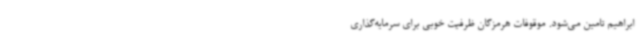
ابراهیم تامین می‌شود. موقوفات هرمزگان ظرفیت خوبی برای سرمایه‌گذاری